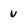
Character: v